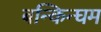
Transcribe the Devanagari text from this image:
बन्किन्घम